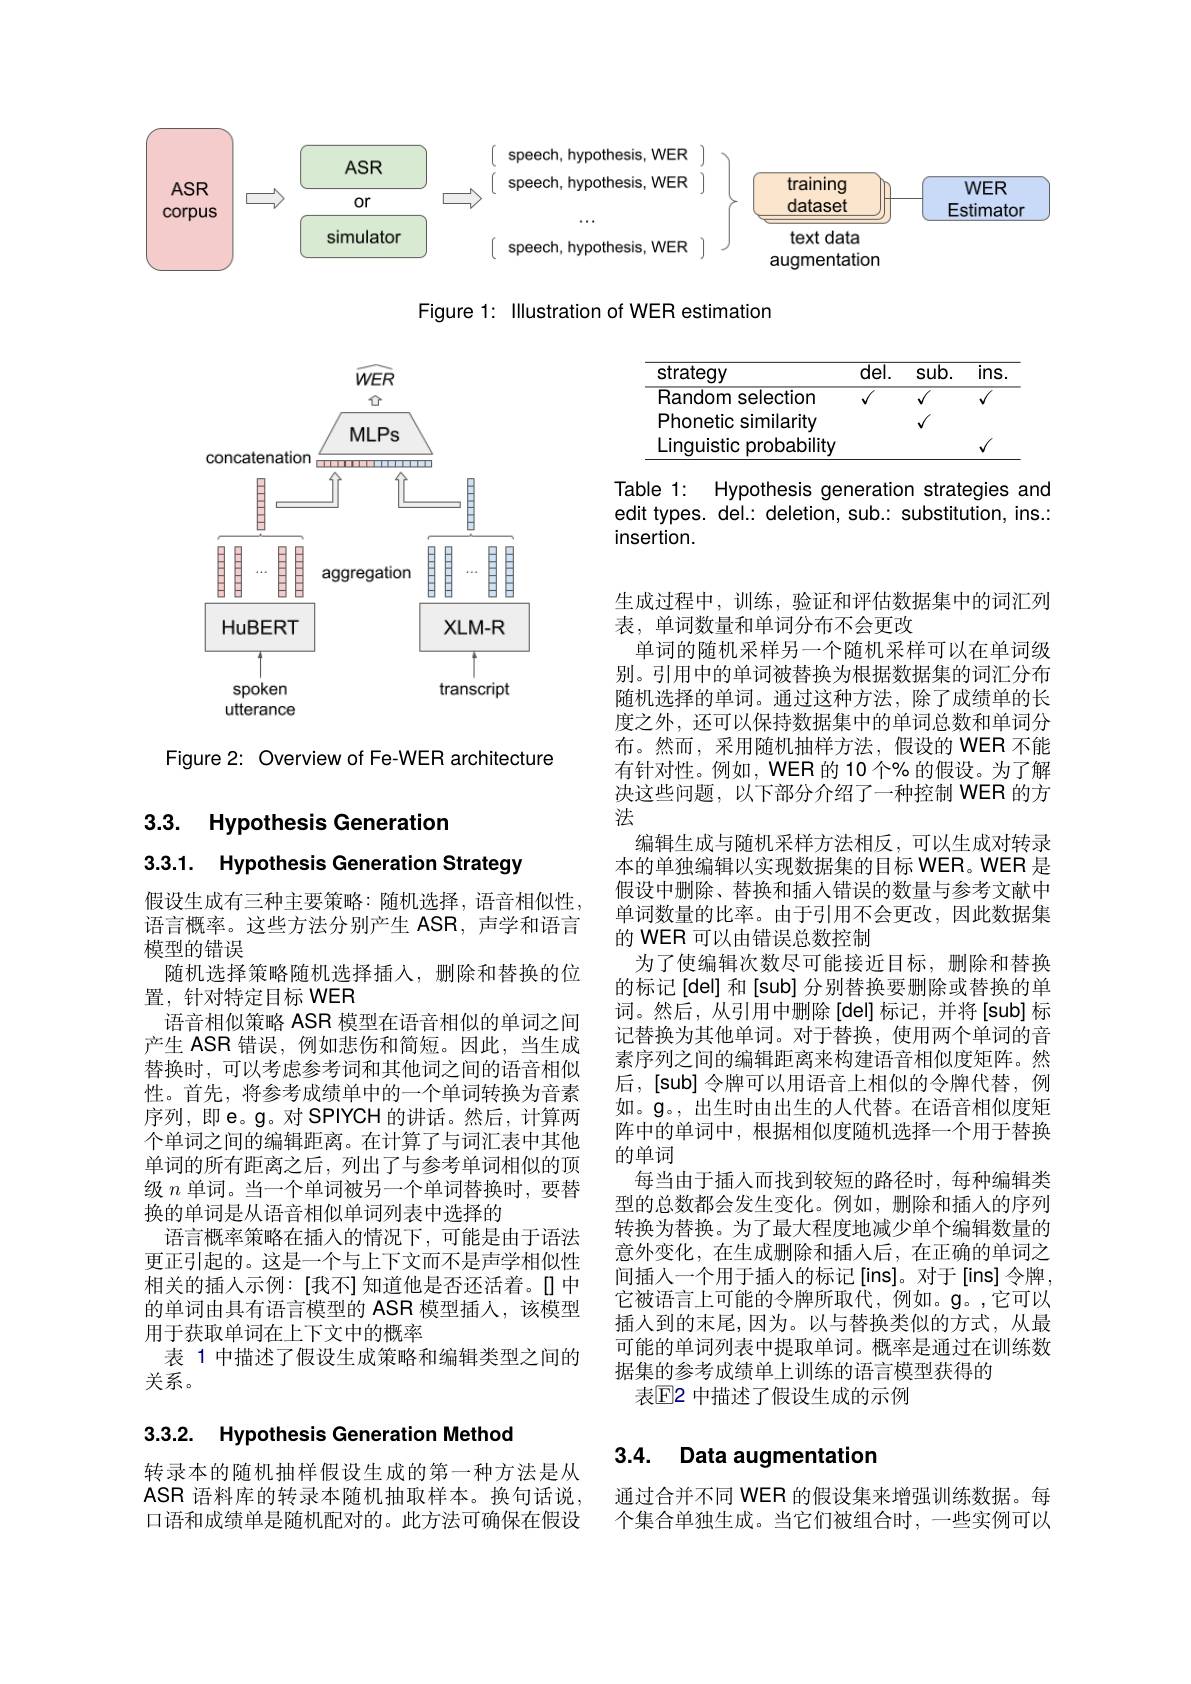
<FigureHere>

Figure 1: Illustration of WER estimation

Table 1: Hypothesis generation strategies and edit types. del.: deletion, sub.: substitution, ins.: insertion.

<FigureHere>

Figure 2: Overview of Fe-WER architecture

3.3. Hypothesis Generatior

3.3.1. Hypothesis Generation Strategy

生成过程中，训练，验证和评估数据集中的词汇列
表，单词数量和单词分布不会更改
单词的随机采样另一个随机采样可以在单词级别。引用中的单词被替换为根据数据集的词汇分布随机选择的单词。通过这种方法，除了成绩单的长度之外，还可以保持数据集中的单词总数和单词分布。然而，采用随机抽样方法，假设的 WER 不能有针对性。例如，WER 的 10 个% 的假设。为了解决这些问题，以下部分介绍了一种控制 WER 的方法
编辑生成与随机采样方法相反，可以生成对转录本的单独编辑以实现数据集的目标 WER。WER 是假设中删除、替换和插入错误的数量与参考文献中单词数量的比率。由于引用不会更改，因此数据集的 WER 可以由错误总数控制
为了使编辑次数尽可能接近目标，删除和替换的标记[del] 和[sub] 分别替换要删除或替换的单词。然后，从引用中删除[del]标记，并将[sub]标记替换为其他单词。对于替换，使用两个单词的音素序列之间的编辑距离来构建语音相似度矩阵。然后，[sub]令牌可以用语音上相似的令牌代替，例如。$\mathfrak{g}$。,出生时由出生的人代替。在语音相似度矩阵中的单词中，根据相似度随机选择一个用于替换的单词
每当由于插人而找到较短的路径时，每种编辑类型的总数都会发生变化。例如，删除和插入的序列转换为替换。为了最大程度地减少单个编辑数量的意外变化，在生成删除和插人后，在正确的单词之间插人一个用于插入的标记[ins]。对于[ins]令牌， 它被语言上可能的令牌所取代，例如。g。,它可以插人到的末尾，因为。以与替换类似的方式，从最可能的单词列表中提取单词。概率是通过在训练数据集的参考成绩单上训练的语言模型获得的
表$\mathbb{E}$2 中描述了假设生成的示例

假设生成有三种主要策略：随机选择，语音相似性， 语言概率。这些方法分别产生 ASR,声学和语言模型的错误
随机选择策略随机选择插入，删除和替换的位
置，针对特定目标 WER
语音相似策略 ASR 模型在语音相似的单词之间产生 ASR 错误，例如悲伤和简短。因此，当生成替换时，可以考虑参考词和其他词之间的语音相似性。首先，将参考成绩单中的一个单词转换为音素序列，即e。g。对 SPIYCH 的讲话。然后，计算两个单词之间的编辑距离。在计算了与词汇表中其他单词的所有距离之后，列出了与参考单词相似的顶级$n$单词。当一个单词被另一个单词替换时，要替换的单词是从语音相似单词列表中选择的
语言概率策略在插人的情况下，可能是由于语法更正引起的。这是一个与上下文而不是声学相似性相关的插人示例：[我不]知道他是否还活着。[1中的单词由具有语言模型的 ASR 模型插人，该模型用于获取单词在上下文中的概率
表 1 中描述了假设生成策略和编辑类型之间的
关系。

3.3.2. Hypothesis Generation Method

## 3.4. Data augmentation

转录本的随机抽样假设生成的第一种方法是从ASR 语料库的转录本随机抽取样本。换句话说， 口语和成绩单是随机配对的。此方法可确保在假设

通过合并不同 WER 的假设集来增强训练数据。每个集合单独生成。当它们被组合时，一些实例可以